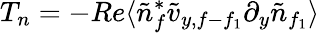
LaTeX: T_{n}=-Re\langle\tilde{n}_{f}^{*}\tilde{v}_{y,f-f_{1}}\partial_{y}\tilde{n}_{f_{1}}\rangle